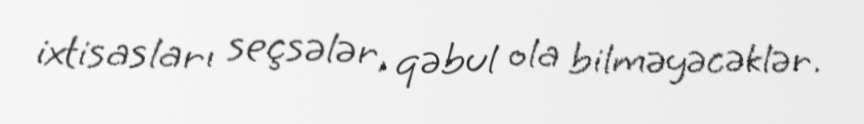
ixtisasları seçsələr, qəbul ola bilməyəcəklər.